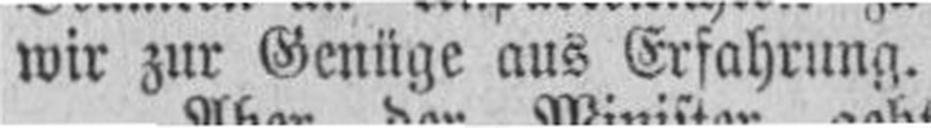
wir zur Genüge aus Erfahrung.